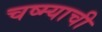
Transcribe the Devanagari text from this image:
चष्म्याची